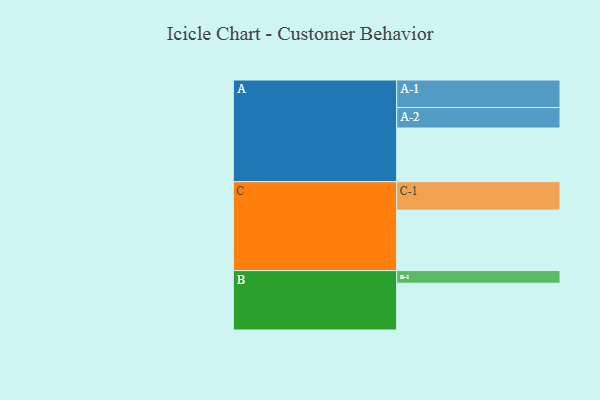
{"axis": {"x": "Segment", "y": "Value"}, "legend": ["", "A", "B", "C"], "data": [{"x": "A", "y": 504, "type": ""}, {"x": "B", "y": 439, "type": ""}, {"x": "C", "y": 568, "type": ""}, {"x": "A-1", "y": 259, "type": "A"}, {"x": "A-2", "y": 192, "type": "A"}, {"x": "B-1", "y": 119, "type": "B"}, {"x": "C-1", "y": 267, "type": "C"}]}